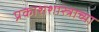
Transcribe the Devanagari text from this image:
प्रकाशशास्त्राच्या